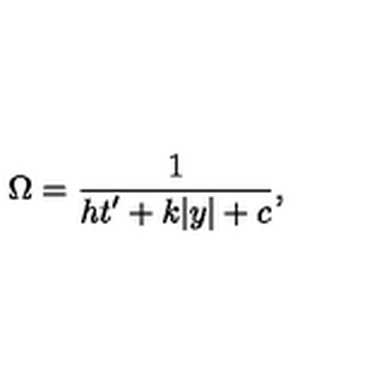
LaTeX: \Omega = { \frac { 1 } { \displaystyle { h t ^ { \prime } + k | y | + c } } } , \,